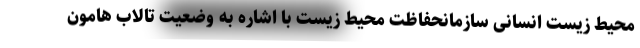
محیط زیست انسانی سازمانحفاظت محیط زیست با اشاره به وضعیت تالاب هامون